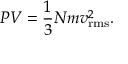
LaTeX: P V = { \frac { 1 } { 3 } } N m v _ { \mathrm { r m s } } ^ { 2 } .